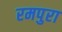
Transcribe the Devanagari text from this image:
रमपुरा